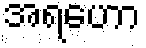
အရဟော